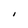
Character: I